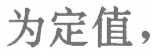
为定值，